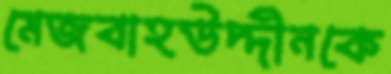
মেজবাহউদ্দীনকে